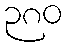
၃၈၀